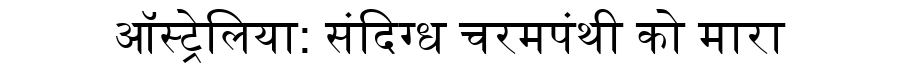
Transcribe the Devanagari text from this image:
ऑस्ट्रेलिया: संदिग्ध चरमपंथी को मारा